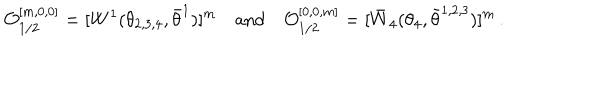
LaTeX: { \cal O } _ { 1 / 2 } ^ { [ m , 0 , 0 ] } = [ W ^ { 1 } ( \theta _ { 2 , 3 , 4 } , \bar { \theta } ^ { 1 } ) ] ^ { m } \quad \mathrm { a n d } \quad { \cal O } _ { 1 / 2 } ^ { [ 0 , 0 , m ] } = [ \bar { W } _ { 4 } ( \theta _ { 4 } , \bar { \theta } ^ { 1 , 2 , 3 } ) ] ^ { m } \, .